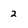
Character: 2